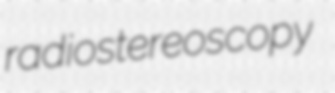
radiostereoscopy